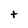
Character: t